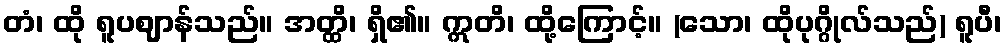
တံ၊ ထို ရူပဈာန်သည်။ အတ္ထိ၊ ရှိ၏။ ဣတိ၊ ထို့ကြောင့်။ (သော၊ ထိုပုဂ္ဂိုလ်သည်) ရူပီ၊